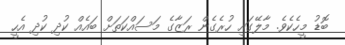
ބޮޑު މީހެކެވެ. މާލޭގައި ހުރެގެން ރަޒާގެ މަސައްކަތަށް ބައެއް ކުދި ކުދި އެހީ